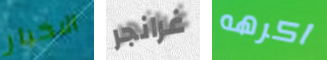
الاخبار غرانجر اكرهه